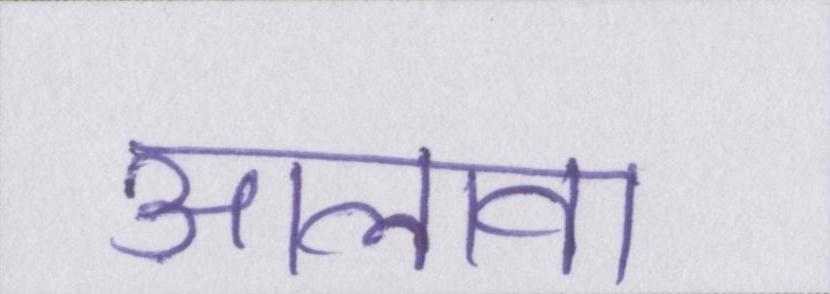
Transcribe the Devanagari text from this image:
आलावा